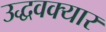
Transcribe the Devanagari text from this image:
उद्धवक्यार